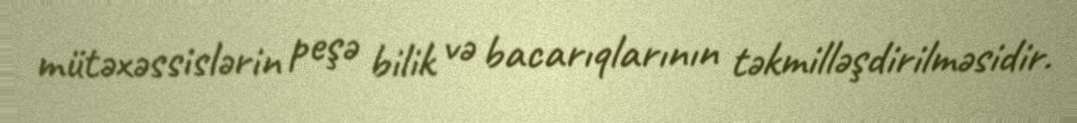
mütəxəssislərin peşə bilik və bacarıqlarının təkmilləşdirilməsidir.